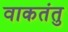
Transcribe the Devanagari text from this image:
वाकतंतु